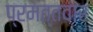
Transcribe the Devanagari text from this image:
प्रमत्तवार